Lunatic asylums Central Provinces reports 1895-1909 - 1895-1909
Year: 1895
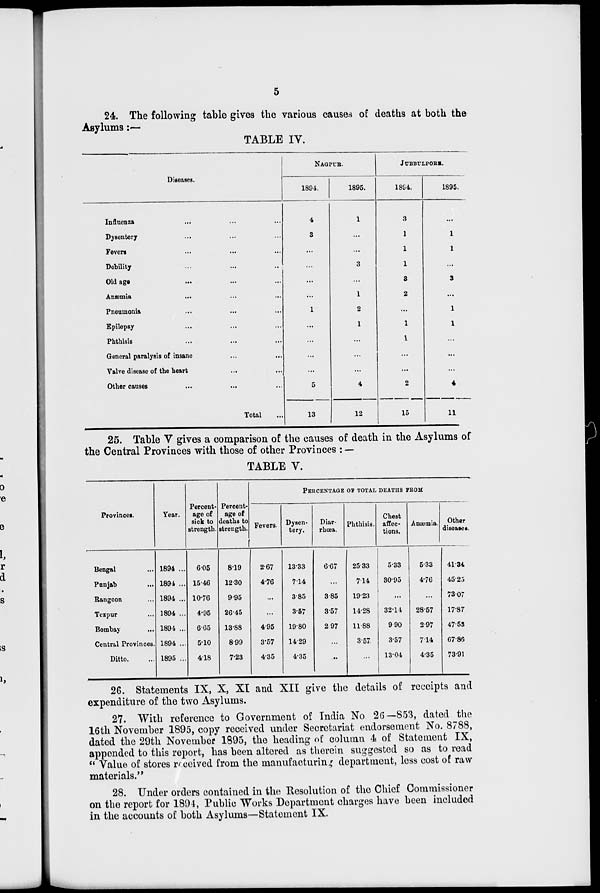
5
24 The following table gives the various causes of deaths at both the
Asylums :—
TABLE IV.
Diseases.
Influenza ... ... ...
Dysentery ... ... ...
Fevers ... ... ...
Debility ... ... ...
Old age ... ... ...
Anæmia
...
...
...
Pneumonia
...
...
...
Epilepsy ... ... ...
Phthisis ... ... ...
General paralysis of insane ... ...
Valve disease of the heart ... ...
Other causes ... ... ...
Total ... ...
NAGPUR.
1894.
4
3
...
...
...
...
1
...
...
...
...
5
13
1895.
1
...
...
3
...
1
2
1
...
...
...
4
12
JUBBULPORE.
1894.
3
1
1
1
3
2
...
1
1
...
...
2
15
1895.
...
1
1
...
3
...
1
1
...
...
...
...
11
25. Table V gives a comparison of the causes of death in the Asylums of
the Central Provinces with those of other Provinces : —
TABLE V.
Provinces.
Bengal
Punjab ...
Rangoon
Tezpur
Bombay
Central Provinces.
Ditto.
Year.
1894 ...
1894 ...
1894 ...
1894 ...
1894 ...
1894 ...
1895 ...
Percent-
age of
sick to
strength.
605
1546
10.76
4.95
665
5.10
418
Percent-
age of
deaths to
strength.
8.19
1230
9.95
26.45
13.88
8.99
7.23
PERCENTAGE OF TOTAL DEATHS FROM
Fevers.
2.67
4.76
...
...
4.95
3.57
4.35
Dysen-
tery.
13.33
7.14
3.85
3.57
19.80
14.29
4.35
Diar-
rhoea.
6.67
...
3.85
3.57
2.97
...
...
Phthisis.
25.33
7.14
19.23
14.28
11.88
3.57
...
Chest
affec-
tions.
5.33
30.95
...
32.14
9.90
3.57
13.04
Anæmia.
5.33
4.76
...
28.57
2.97
7.14
4.35
Other
diseases.
41.34
45.25
73.07
17.87
47.53
67.86
73.91
26. Statements IX, X, XI and XII give the details of receipts and
expenditure of the two Asylums.
27. With reference to Government of India No 26–853, dated the
16th November 1895, copy received under Secretariat endorsement No. 8788,
dated the 29th November 1895, the heading of column 4 of Statement IX,
appended to this report, has been altered as therein suggested so as to read
" Value of stores received from the manufacturing department, less cost of raw
materials.''
28. Under orders contained in the Resolution of the Chief Commissioner
on the report for 1894, Public Works Department charges have been included
in the accounts of both Asylums—Statement IX.